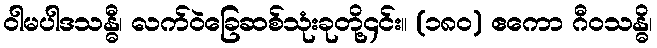
ဝါမပါဒသန္ဓီ၊ လက်ဝဲခြေဆစ်သုံးခုတို့၄င်း။ (၁၈၀) ဧကော ဂီဝသန္ဓိ၊